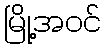
မြို့အဝင်